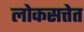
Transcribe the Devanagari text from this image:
लोकसत्तेत